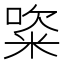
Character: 𥺔